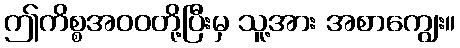
ဤကိစ္စအဝဝတို့ပြီးမှ သူ့အား အစာကျွေး။